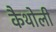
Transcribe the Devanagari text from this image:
कैथोली